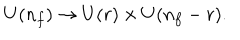
U ( n _ { f } ) \to U ( r ) \times U ( n _ { f } - r ) .